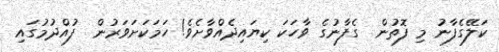
ކަލޭގެފާނު މި ފޮތުން  ގެފާނުގެ ވާހަކަ ކިޔައިދެއްވާށެވެ! ހަމަކަށަވަރުން  ފުއްދުމުގައި